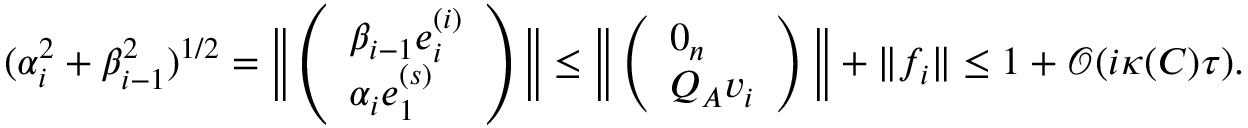
( \alpha _ { i } ^ { 2 } + \beta _ { i - 1 } ^ { 2 } ) ^ { 1 / 2 } = \Big \| \left( \begin{array} { l } { \beta _ { i - 1 } e _ { i } ^ { ( i ) } } \\ { \alpha _ { i } e _ { 1 } ^ { ( s ) } } \end{array} \right) \Big \| \leq \Big \| \left( \begin{array} { l } { 0 _ { n } } \\ { Q _ { A } v _ { i } } \end{array} \right) \Big \| + \| f _ { i } \| \leq 1 + \mathcal { O } ( i \kappa ( C ) \tau ) .